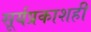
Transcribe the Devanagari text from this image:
सूर्यप्रकाशही